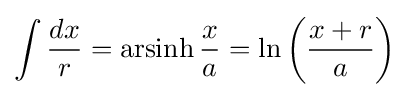
\int {\frac {dx}{r}}=\operatorname {arsinh} {\frac {x}{a}}=\ln \left({\frac {x+r}{a}}\right)